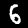
Label: 6